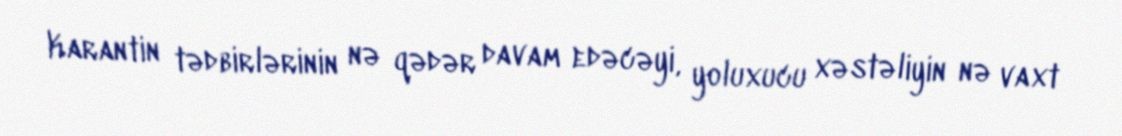
Karantin tədbirlərinin nə qədər davam edəcəyi, yoluxucu xəstəliyin nə vaxt